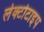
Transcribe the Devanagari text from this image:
लेक्टोटाइप